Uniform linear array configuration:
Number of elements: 4
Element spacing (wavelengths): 0.5
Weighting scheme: uniform
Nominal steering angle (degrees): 0
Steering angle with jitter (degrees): -0.2476
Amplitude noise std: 0.05
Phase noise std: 0.05

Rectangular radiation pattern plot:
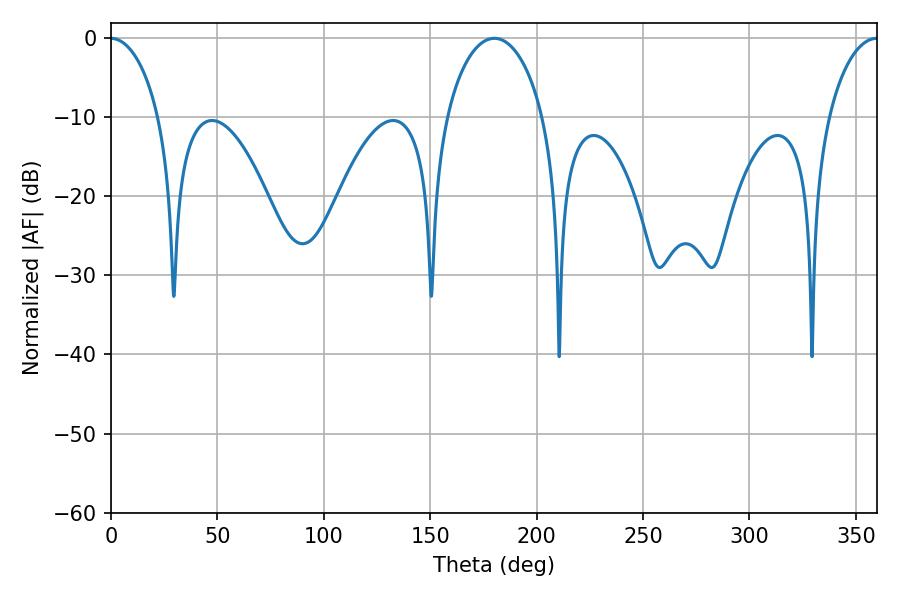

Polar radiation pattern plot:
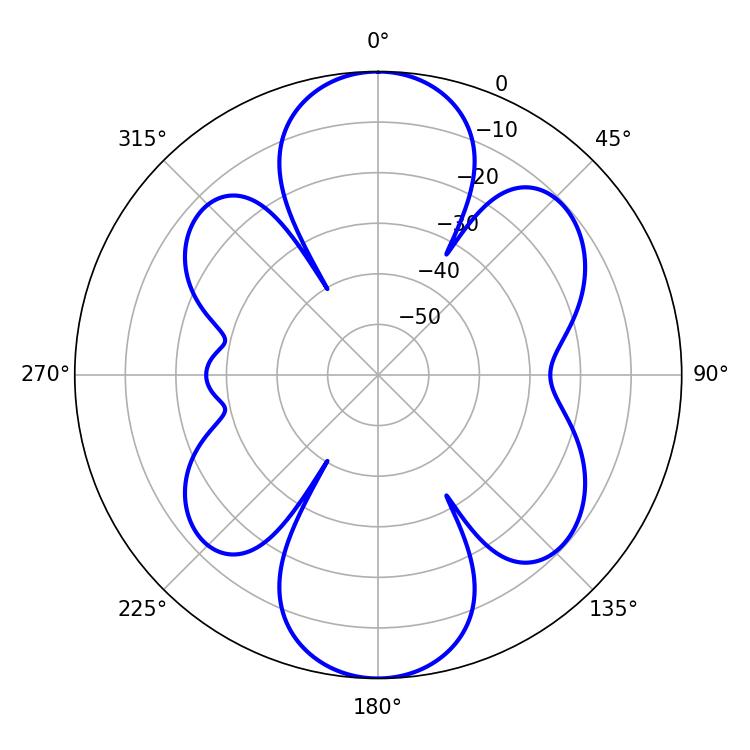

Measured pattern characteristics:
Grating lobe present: FALSE
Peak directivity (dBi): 19.161
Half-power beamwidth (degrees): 26.28
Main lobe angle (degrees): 180.18